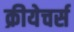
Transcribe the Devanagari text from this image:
क्रीयेचर्स